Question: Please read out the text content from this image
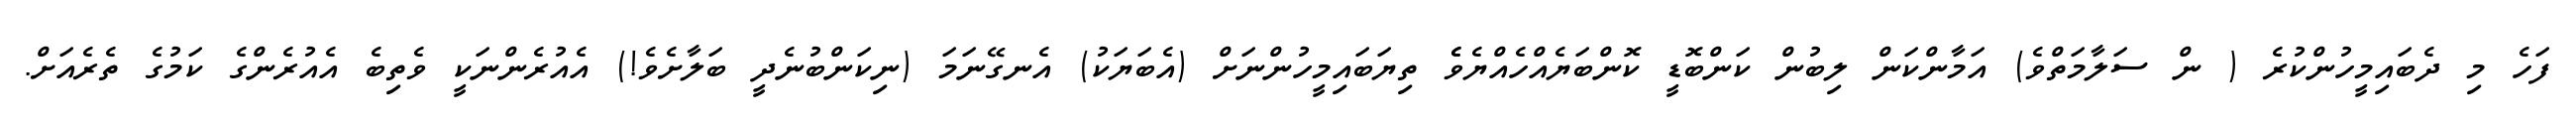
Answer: ފަހެ މި ދެބައިމީހުންކުރެ ( ން ސަލާމަތްވެ) އަމާންކަން ލިބުން ކަންބޮޑީ ކޮންބަޔެއްހެއްޔެވެެ ތިޔަބައިމީހުންނަށް (އެބަޔަކު) އެނގޭނަމަ (ނިކަންބުނެދީ ބަލާށެވެ!) އެއުރެންނަކީ ވެތިބެ އެއުރެންގެ ކަމުގެ ތެރެއަށް.